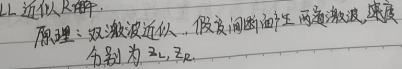
原理：取微波近似，假设间断面任两边势流，速度分别为 \(v_1\)，\(v_2\) 。